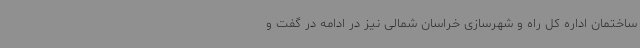
ساختمان اداره کل راه و شهرسازی خراسان شمالی نیز در ادامه در گفت و